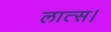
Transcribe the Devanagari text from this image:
लात्स।